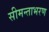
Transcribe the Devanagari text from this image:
सीमन्ताभरण